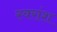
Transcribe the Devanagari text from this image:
स्वरांश